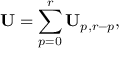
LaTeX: \mathbf { U } = \sum _ { p = 0 } ^ { r } \mathbf { U } _ { p , r - p } ,